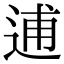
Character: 逋